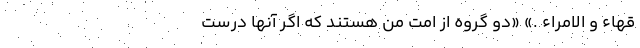
ُقَهاءُ و الاُمَراءُ .» «دو گروه از امّت من هستند كه اگر آنها درست